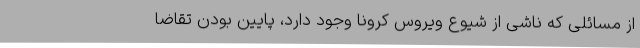
از مسائلی که ناشی از شیوع ویروس کرونا وجود دارد، پایین بودن تقاضا